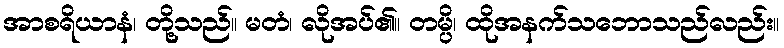
အာစရိယာနံ၊ တို့သည်။ မတံ၊ လိုအပ်၏။ တမ္ပိ၊ ထိုအနက်သဘောသည်လည်း။